Insane asylums Bombay 1873-77 - 1873-1877
Year: 1873
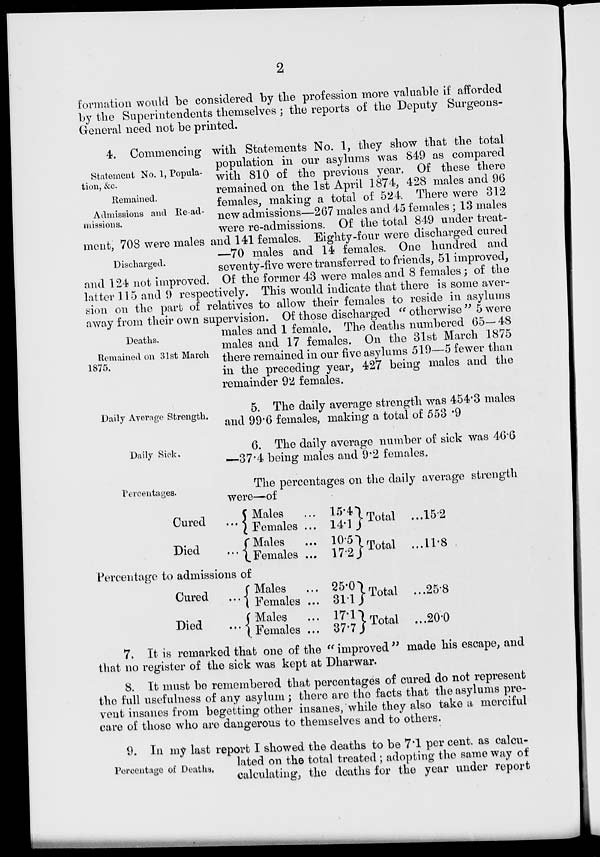
2
formation would be considered by the profession more valuable if afforded
by the Superintendents themselves ; the reports of the Deputy Surgeons-
General need not be printed.
Statement No. 1, Popula-
tion, &c.
Remained.
Admissions and Re-ad-
missions.
Discharged.
Deaths.
Remained on 31st March
1875.
4. Commencing with Statements No. 1, they show that the total
population in our asylums was 849 as compared
with 810 of the previous year. Of these there
remained on the 1st April 1874, 428 males and 96
females, making a total of 524. There were 312
new admissions—267 males and 45 females ; 13 males
were re-admissions. Of the total 849 under treat-
ment, 708 were males and 141 females. Eighty-four were discharged cured
—70 males and 14 females. One hundred and
seventy-five were transferred to friends, 51 improved,
and 124 not improved. Of the former 43 were males and 8 females; of the
latter 115 and 9 respectively. This would indicate that there is some aver-
sion on the part of relatives to allow their females to reside in asylums
away from their own supervision. Of those discharged " otherwise " 5 were
males and 1 female. The deaths numbered 65— 48
males and 17 females. On the 31st March 1875
there remained in our five asylums 519—5 fewer than
in the preceding year, 427 being males and the
remainder 92 females.
Daily Average Strength.
5. The daily average strength was 454.3 males
and 99.6 females, making a total of 553.9
Daily Sick.
6. The daily average number of sick was 46.6
—37.4 being males and 9.2 females.
Percentages.
The percentages on the daily average strength
were—of
Cured ...
Died
...
Males ...
Females ...
Males ...
Females ...
15.4
14.1
10.5
17.2
Total...
Total ...
15.2
11.8
Percentage to admissions of
Cured
...
Died
...
Males ...
Females ...
Males ...
Females ...
25.0
31.1
17.1
37.7
Total ...
Total ...
25.8
20.0
7. It is remarked that one of the " improved " made his escape, and
that no register of the sick was kept at Dharwar.
8. It must be remembered that percentages of cured do not represent
the full usefulness of any asylum ; there are the facts that the asylums pre-
vent insanes from begetting other insanes, while they also take a merciful
care of those who are dangerous to themselves and to others.
Percentage of Deaths.
9. In my last report I showed the deaths to be 7.1 per cent. as calcu-
lated on the total treated ; adopting the same way of
calculating, the deaths for the year under report